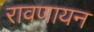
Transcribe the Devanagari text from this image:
रावणायन